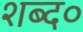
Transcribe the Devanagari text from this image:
शब्द०